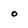
Character: o